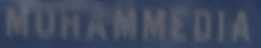
MUHAMMEDIA